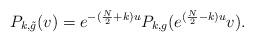
LaTeX: \begin{align*}P_{k,\tilde g}(v) = e^{-(\frac N2 +k)u}P_{k,g}(e^{(\frac N2 -k)u} v).\end{align*}